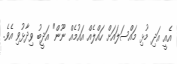
އެއީ އަދި މުޅި މައްސަލައަށް ހައްލެއް އައުމެއް ނޫން" އަދީބު ވިދާޅުވި އެވެ.